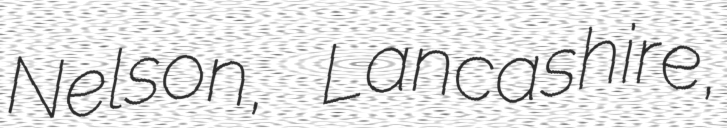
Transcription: Nelson, Lancashire,